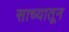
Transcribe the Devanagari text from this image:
साच्यातून